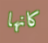
كانها